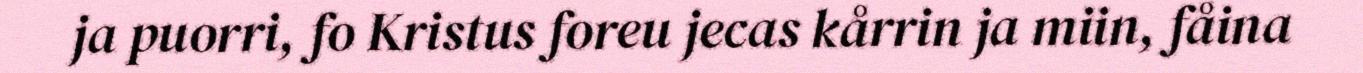
ja puorri, fo Kristus foreu jecas kårrin ja miin, fåina